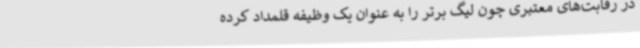
در رقابت‌های معتبری چون لیگ برتر را به عنوان یک وظیفه قلمداد کرده